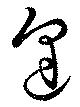
逢